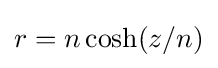
r=n\cosh(z/n)